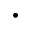
\cdot